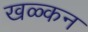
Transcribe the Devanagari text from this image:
खळ्कन